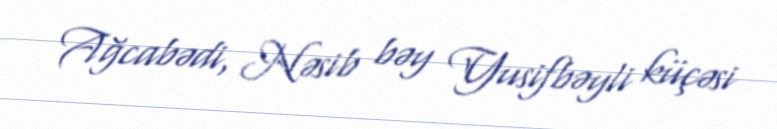
Ağcabədi, Nəsib bəy Yusifbəyli küçəsi